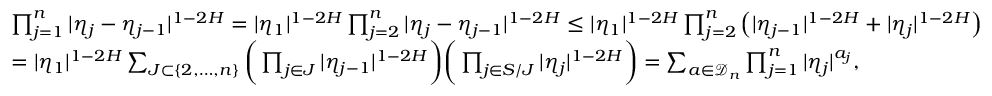
\begin{array} { r l } & { \prod _ { j = 1 } ^ { n } | \eta _ { j } - \eta _ { j - 1 } | ^ { 1 - 2 H } = | \eta _ { 1 } | ^ { 1 - 2 H } \prod _ { j = 2 } ^ { n } | \eta _ { j } - \eta _ { j - 1 } | ^ { 1 - 2 H } \leq | \eta _ { 1 } | ^ { 1 - 2 H } \prod _ { j = 2 } ^ { n } \left( | \eta _ { j - 1 } | ^ { 1 - 2 H } + | \eta _ { j } | ^ { 1 - 2 H } \right) } \\ & { = | \eta _ { 1 } | ^ { 1 - 2 H } \sum _ { J \subset \{ 2 , \dots , n \} } \bigg ( \prod _ { j \in J } | \eta _ { j - 1 } | ^ { 1 - 2 H } \bigg ) \bigg ( \prod _ { j \in S / J } | \eta _ { j } | ^ { 1 - 2 H } \bigg ) = \sum _ { a \in \mathcal { D } _ { n } } \prod _ { j = 1 } ^ { n } | \eta _ { j } | ^ { a _ { j } } , } \end{array}